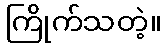
ကြိုက်သတဲ့။